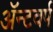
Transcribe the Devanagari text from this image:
ॲन्टवर्प